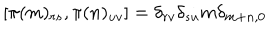
[ \pi ( m ) _ { r s } , \pi ( n ) _ { u v } ] = \delta _ { r v } \delta _ { s u } m \delta _ { m + n , 0 }